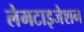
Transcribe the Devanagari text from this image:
लेमटाइजेशन